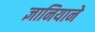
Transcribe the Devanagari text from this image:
ज्ञानियाने